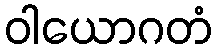
ဝါယောဂတံ